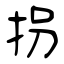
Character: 拐